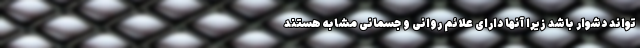
تواند دشوار باشد زیرا آنها دارای علائم روانی و جسمانی مشابه هستند